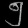
Digit: ၅